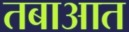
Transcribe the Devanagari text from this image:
तबाआत